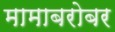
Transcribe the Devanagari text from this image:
मामाबरोबर